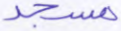
مسجد